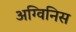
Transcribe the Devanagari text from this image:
अग्विनिस